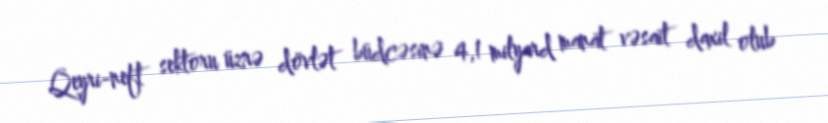
Qeyri-neft sektoru üzrə dövlət büdcəsinə 4,1 milyard manat vəsait daxil olub